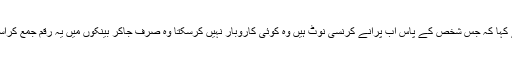
انہوں نے کہا کہ جس شخص کے پاس اب پرانے کرنسی نوٹ ہیں وہ کوئی کاروبار نہیں کرسکتا وہ صرف جاکر بینکوں میں یہ رقم جمع کراسکتا ہے ۔